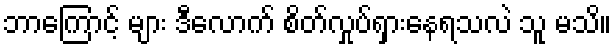
ဘာကြောင့် များ ဒီလောက် စိတ်လှုပ်ရှားနေရသလဲ သူ မသိ။